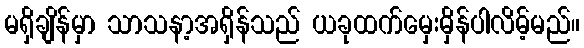
မရှိချိန်မှာ သာသနာ့အရှိန်သည် ယခုထက်မှေးမှိန်ပါလိမ့်မည်။